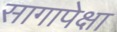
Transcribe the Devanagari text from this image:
सागापेक्षा